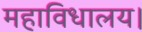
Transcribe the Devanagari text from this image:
महाविधालय।